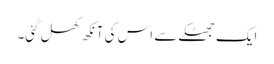
ایک جھٹکے سے اس کی آنکھ کھل گئی۔